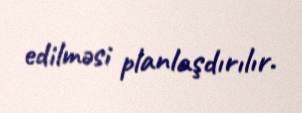
edilməsi planlaşdırılır.